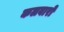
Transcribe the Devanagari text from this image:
कलवारों